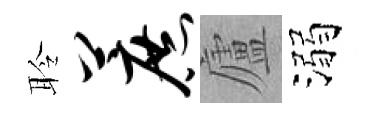
聆蔗廬溺